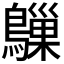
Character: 𬷰